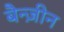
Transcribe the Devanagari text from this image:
बैन्ज़ीन